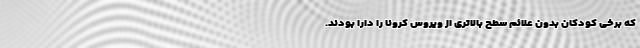
که برخی کودکان بدون علائم سطح بالاتری از ویروس کرونا را دارا بودند.